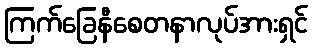
ကြက်ခြေနီစေတနာလုပ်အားရှင်